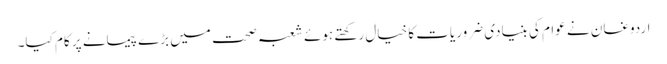
اردوغان نے عوام کی بنیادی ضروریات کا خیال رکھتے ہوئے شعبہ صحت میں بڑے پیمانے پر کام کیا۔